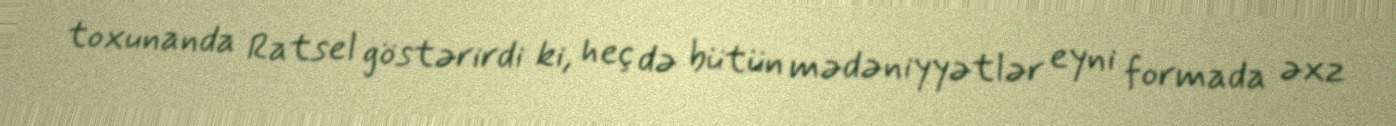
toxunanda Ratsel göstərirdi ki, heç də bütün mədəniyyətlər eyni formada əxz